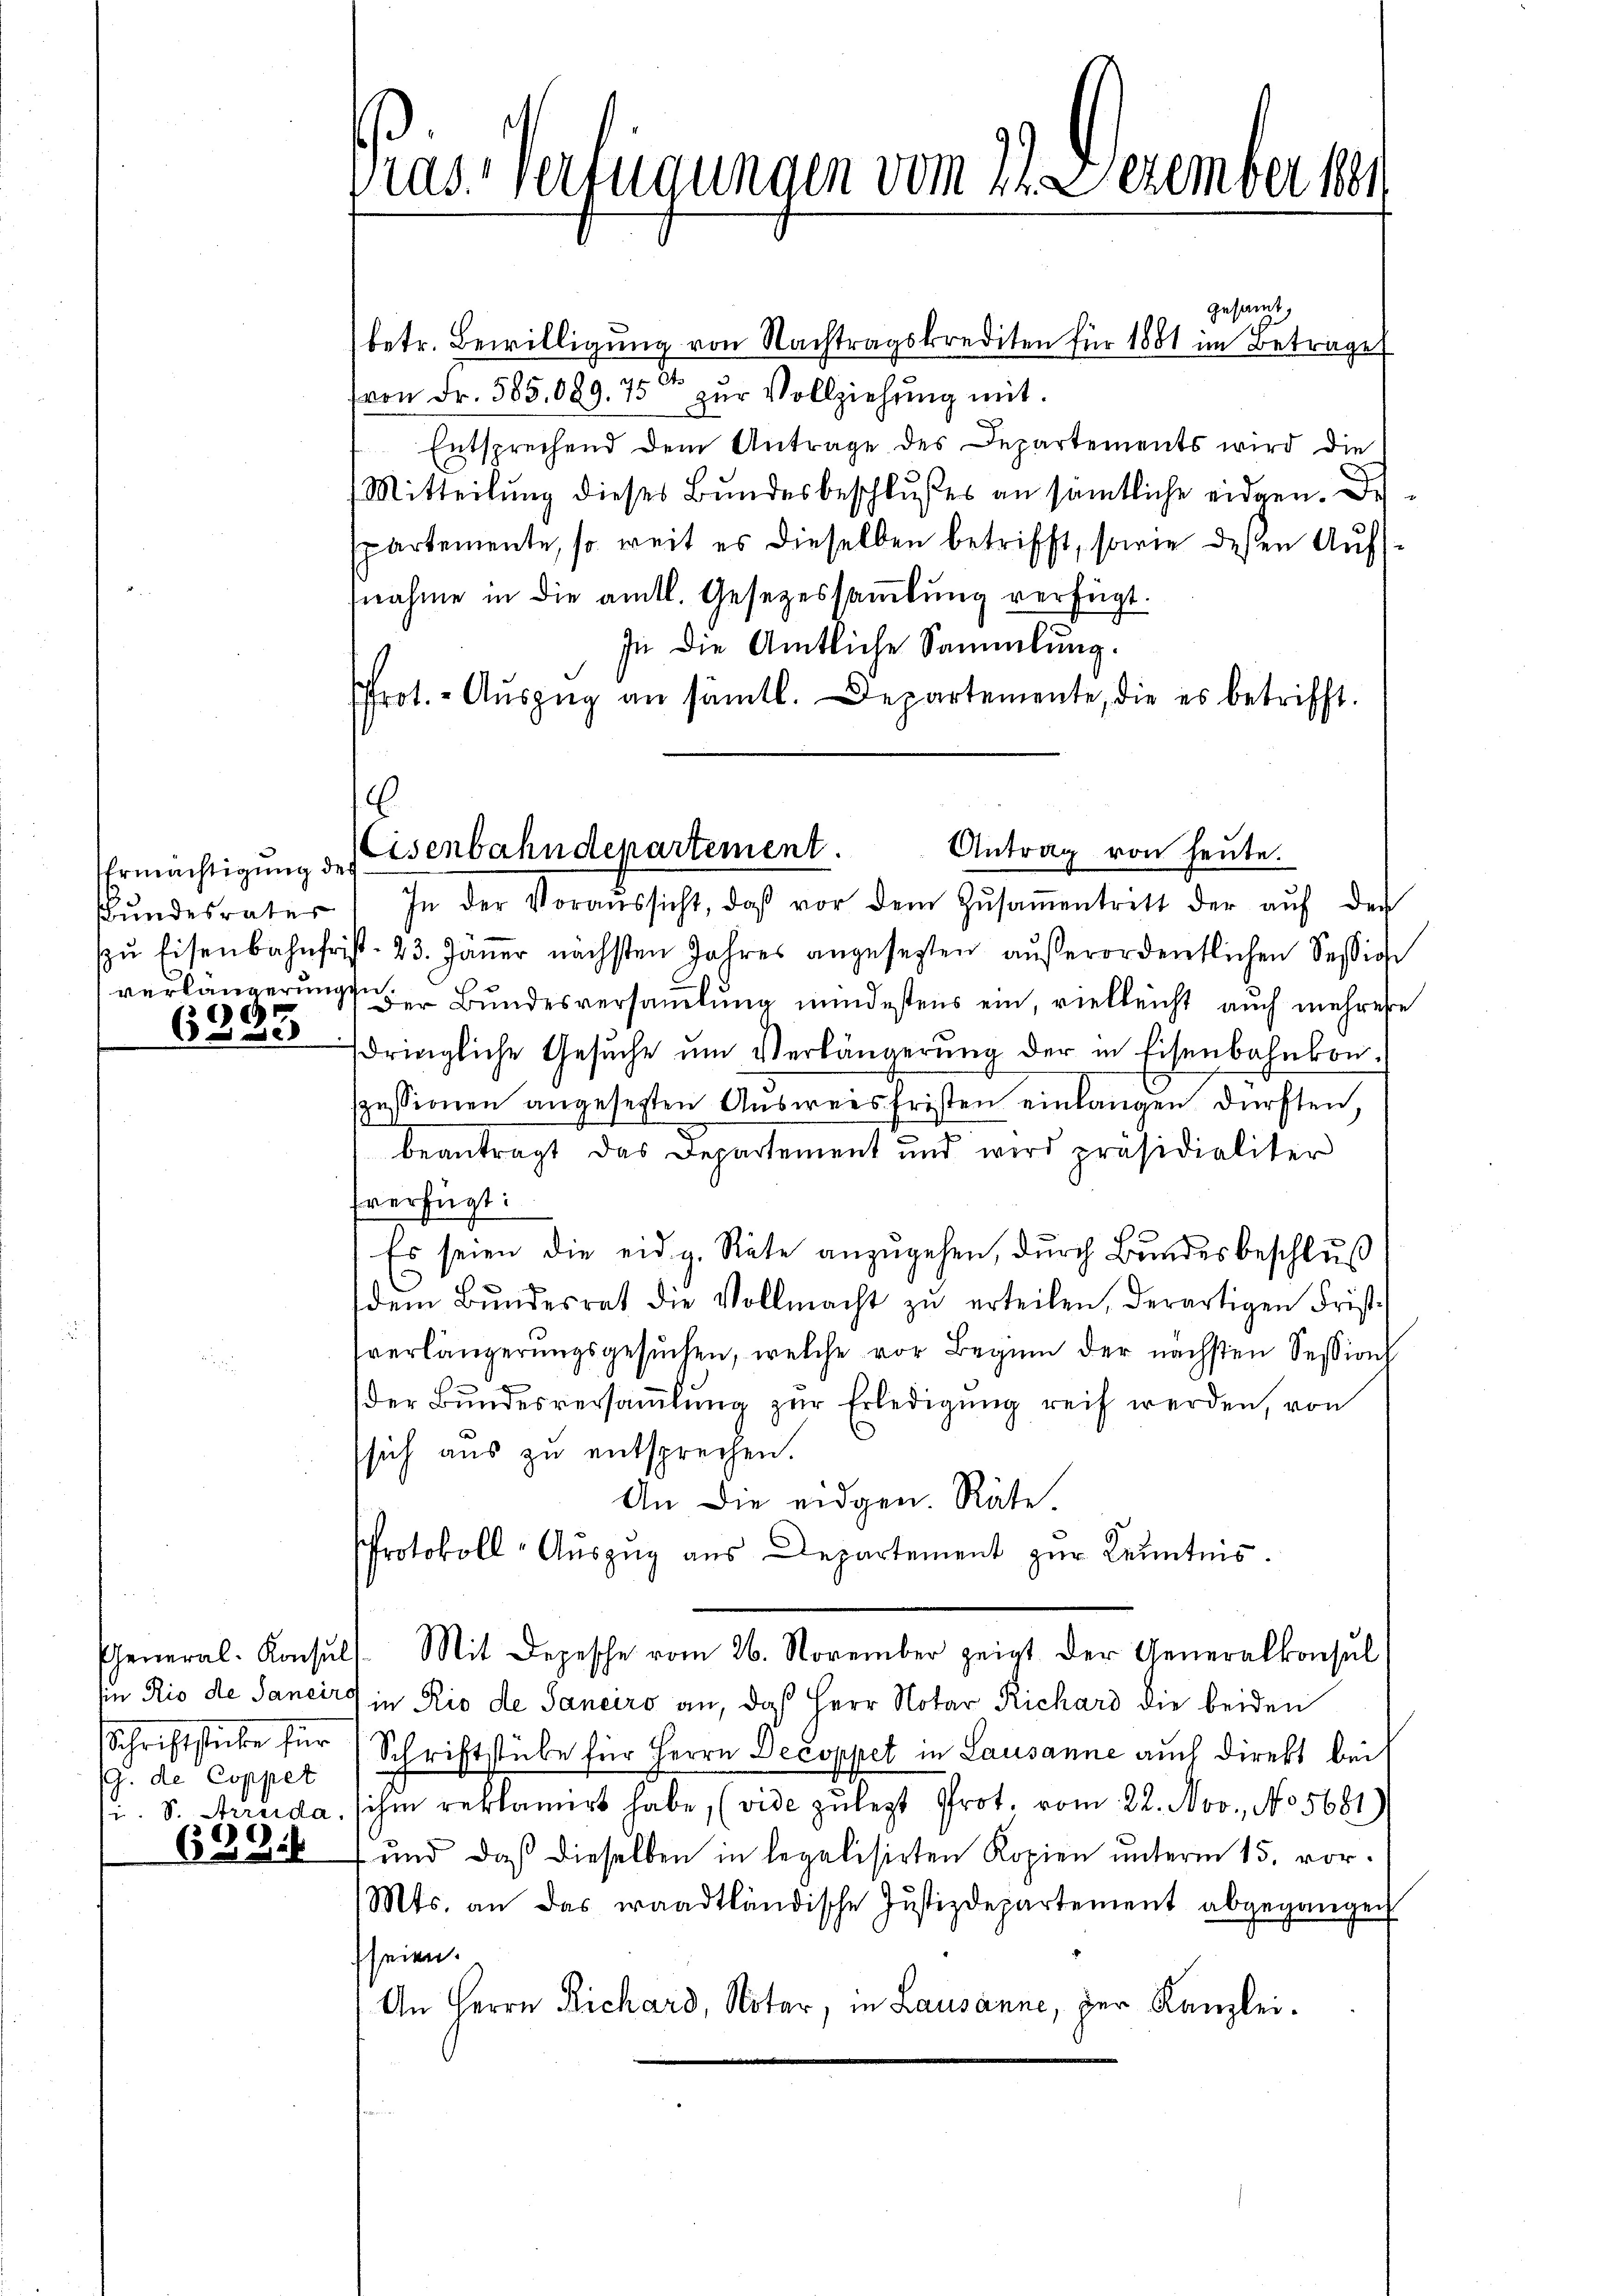
Ermächtigung des
Bundesväter
zŭ Eisenbahnfri
verlängerung
c

652 de

schriftseite für
G. de Coppet

62916

Pras. Verfügungen vom 21. Dezember 181

gesammt,
betr. Bewilligŭng von Nachtragskrediten für 1881 im Betrage
(von Fr. 585.089. 75 zŭr Vollziehŭng mit
Entsprechend dem Antrage des Departements wird die
Mitteilung dieses Bundesbeschlußes an sämtliche eidgen. De
partemente, so weit es dieselben betrifft, sowie deßen Aufnahme in die amtl. Gesetzessaṁlŭng verfügt.
In die Amtliche Sammlung.
frot. Aŭszŭg an sämtl. Departemente, die es betrifft.
In der Voraussicht, daß vor dem Zŭsaṁentrett der aŭf den
p. 23. Janer nächsten Jahres angesezten aŭβerordentlichen Session
Der Bundesversamlung mindestens ein, vielleicht auch mehrere
dringliche Gesŭche ŭm Verlängerŭng der in Eisenbahnkonspessionen angesetzten Aŭsweisfristen einlangen dürften,
beantragt das Departement und wird präsidialiter
fverfügt:
Es seien die eidg. Räte anzugehen, durch Bundesbeschluß
dem Bŭndesrat die Vollmacht zŭ erteilen, derartigen Frist-
verlängerungsgesuchen, welche vor Beginn der nächsten Session
der Bŭndesversaṁlŭng zŭr Erledigŭng reif werden, von
sich aus zu entsprechen.
An die eidgen. Räte.
Protokoll-Auszug aus Departement zur Kenntnis.
General-Konsuls. Mit Depesche vom 26. November zeigt der Generalkonsul
in Rio de Sancirs in Rio de Sanciro an, daß Herr Notar Richard die beiden
Schriftstube für Herrn Decoppet in Lausanne auch direkt bei
i. S. Arreida, ihm reklamirt habe, (vide zu legt Prot. vom 22. Nov., No 5681)
und daß dieselben in legalisirten Kopien unterm 15. vor.
Mts. an das waadtländische Justizdepartement abgegangen
seien.
An Herrn Richard, Notar, in Lausanne, der Kanzlei.

E
Eisenbahndepartement.
Antrag von heute.